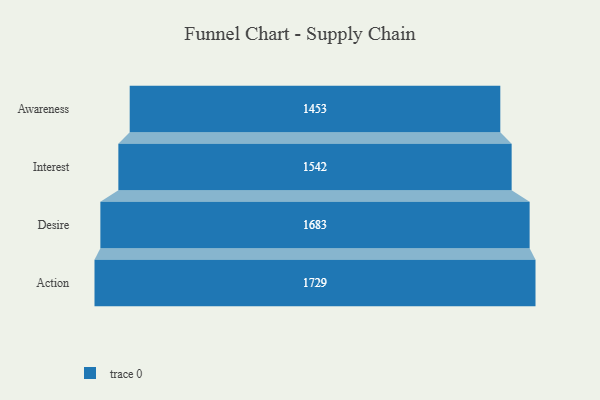
{"axis": {"x": "Stage", "y": "Value"}, "legend": [""], "data": [{"x": "Awareness", "y": 1453.0, "type": ""}, {"x": "Interest", "y": 1542.0, "type": ""}, {"x": "Desire", "y": 1683.0, "type": ""}, {"x": "Action", "y": 1729.0, "type": ""}]}